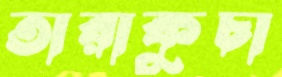
তারাকুচা